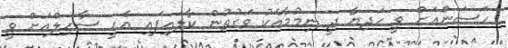
ހަސަންއަށް ވީ ހަދިޔާ ދީ ނިމުމާއެކު ވަގުތުން ކާލައިފައި އެހީ ސާހިލްއަށް ވީ